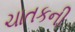
ચાતકની